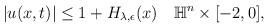
LaTeX: \begin{align*} \begin{aligned} |u(x,t)|\leq 1+H_{\lambda,\epsilon}(x) ~~ ~\mathbb{H}^n\times[-2,0], \end{aligned} \end{align*}